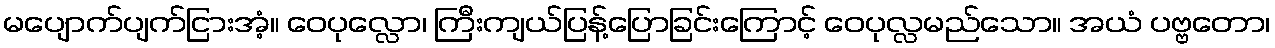
မပျောက်ပျက်ငြားအံ့။ ဝေပုလ္လော၊ ကြီးကျယ်ပြန့်ပြောခြင်းကြောင့် ဝေပုလ္လမည်သော။ အယံ ပဗ္ဗတော၊